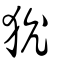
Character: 狁